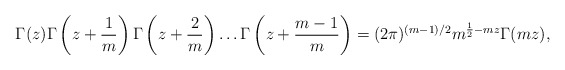
\begin{align*}\Gamma(z)\Gamma\left(z+\frac{1}{m}\right)\Gamma\left(z+\frac{2}{m}\right)\dots\Gamma\left(z+\frac{m-1}{m}\right)= (2\pi)^{(m-1)/2}m^{\frac{1}{2}-mz}\Gamma(mz),\end{align*}